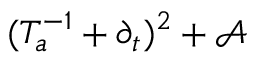
( T _ { a } ^ { - 1 } + \partial _ { t } ) ^ { 2 } + { \mathcal A }